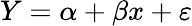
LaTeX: Y=\alpha+\beta x+\varepsilon